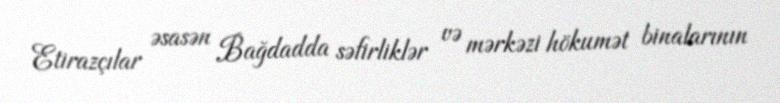
Etirazçılar əsasən Bağdadda səfirliklər və mərkəzi hökumət binalarının